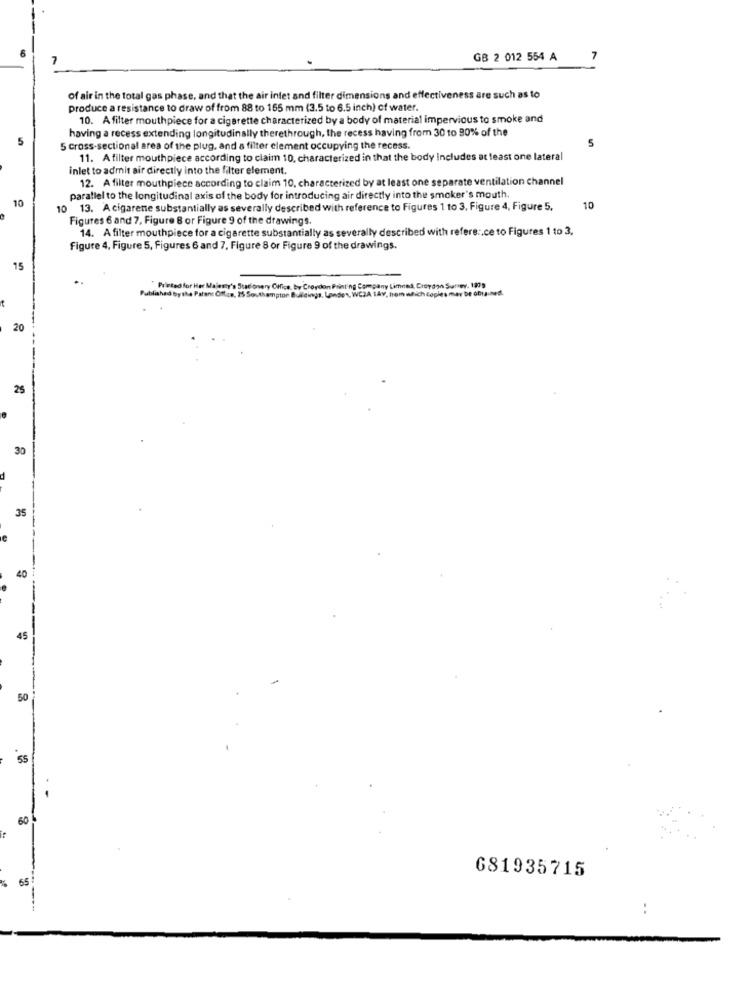
GB 2 012 554 A
7
of air in the total gas phase, and that the air inlet and filter dimensions and effectiveness are such as to
produce a resistance to draw of from 88 to 155 mm (3.5 to 6.5 inch) of water.
10. A filter mouthpiece for a cigarette characterized by a body of material impervious to smoke and
having a recess extending longitudinally therethrough, the recess having from 30 to 90% of the
5 Cross-sectional area of the plug, and a filter element occupying the recess.
11. Afilter mouthpiece according to claim 10, characterized in that the body includes at least one lateral
inlet to admit air directly into the filter element.
12. A filter mouthpiece according to claim 10, characterized by at least one separate ventilation channel
10
parallel to the longitudinal axis of the body for introducing air directly into the smoker's mouth.
10 13. A cigarene substantially as severally described with reference to Figures 1 to 3, Figure 4, Figure 5,
10
Figures 6 and 7. Figure 8 or Figure 9 of the drawings.
14. A filter mouthpiece for a cigarette substantially as severally described with refere :. ce to Figures 1 to 3.
Figure 4, Figure 5, Figures 6 and 7, Figure 8 or Figure 9 of the drawings.
15
Published By the Patent Office, 25 Southampton Buildings, Landen, WCZA 1Av, from which copies may be obtained.
Prieted for Her Majesty's Stationery Office, by Croydon Printing Company Limited, Croydon Surley, 1979
20
25
30
35
40
45
50
55
60
65
681935715
: